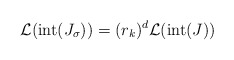
\begin{align*}\mathcal{L}(\mathrm{int}(J_{\sigma}))=(r_{k})^{d}\mathcal{L}(\mathrm{int}(J))\end{align*}